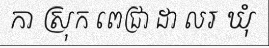
កា ស្រុក ពេជ្រា ដា លរ ឃុំ